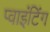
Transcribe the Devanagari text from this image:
प्वाइंटिंग